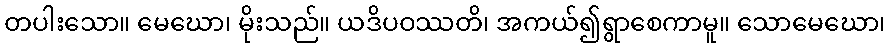
တပါးသော။ မေဃော၊ မိုးသည်။ ယဒိပဝဿတိ၊ အကယ်၍ရွာစေကာမူ။ သောမေဃော၊